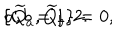
\{ { \widetilde Q _ { a } } , { \widetilde Q _ { b } } \} = 0 , \hspace { 1 i n } a , b = 1 , 2 .